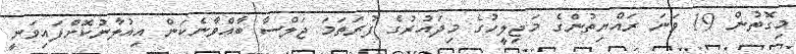
މިގޮތުން 19 ވަނަ ރައްޔިތުންގެ މަޖިލީހުގެ މިދައުރުގެ ފުރަތަމަ ޖަލްސާ ބާއްވާނެކަން އިއުލާނުކޮށްފައިވަނީ